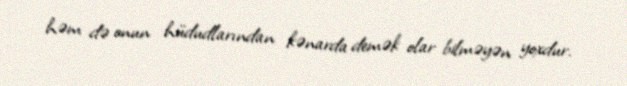
həm də onun hüdudlarından kənarda demək olar bilməyən yoxdur.